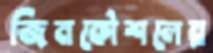
জিনকৌশলের